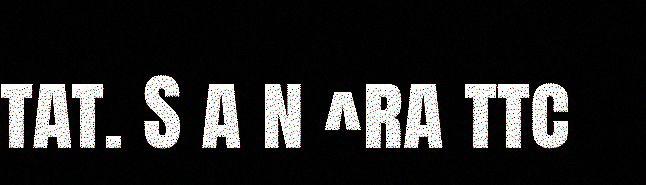
tat. S a n ^ra ttc